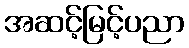
အဆင့်မြင့်ပညာ